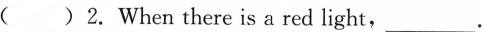
( )2.When there is a red light, ___.